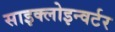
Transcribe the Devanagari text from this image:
साइक्लोइन्वर्टर